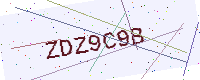
Text: ZDZ9C9B